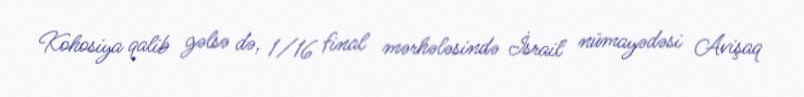
Kohosiya qalib gəlsə də, 1/16 final mərhələsində İsrail nümayədəsi Avişaq